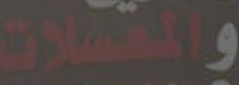
والمسسلات